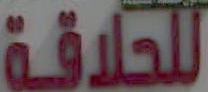
للحلاقة